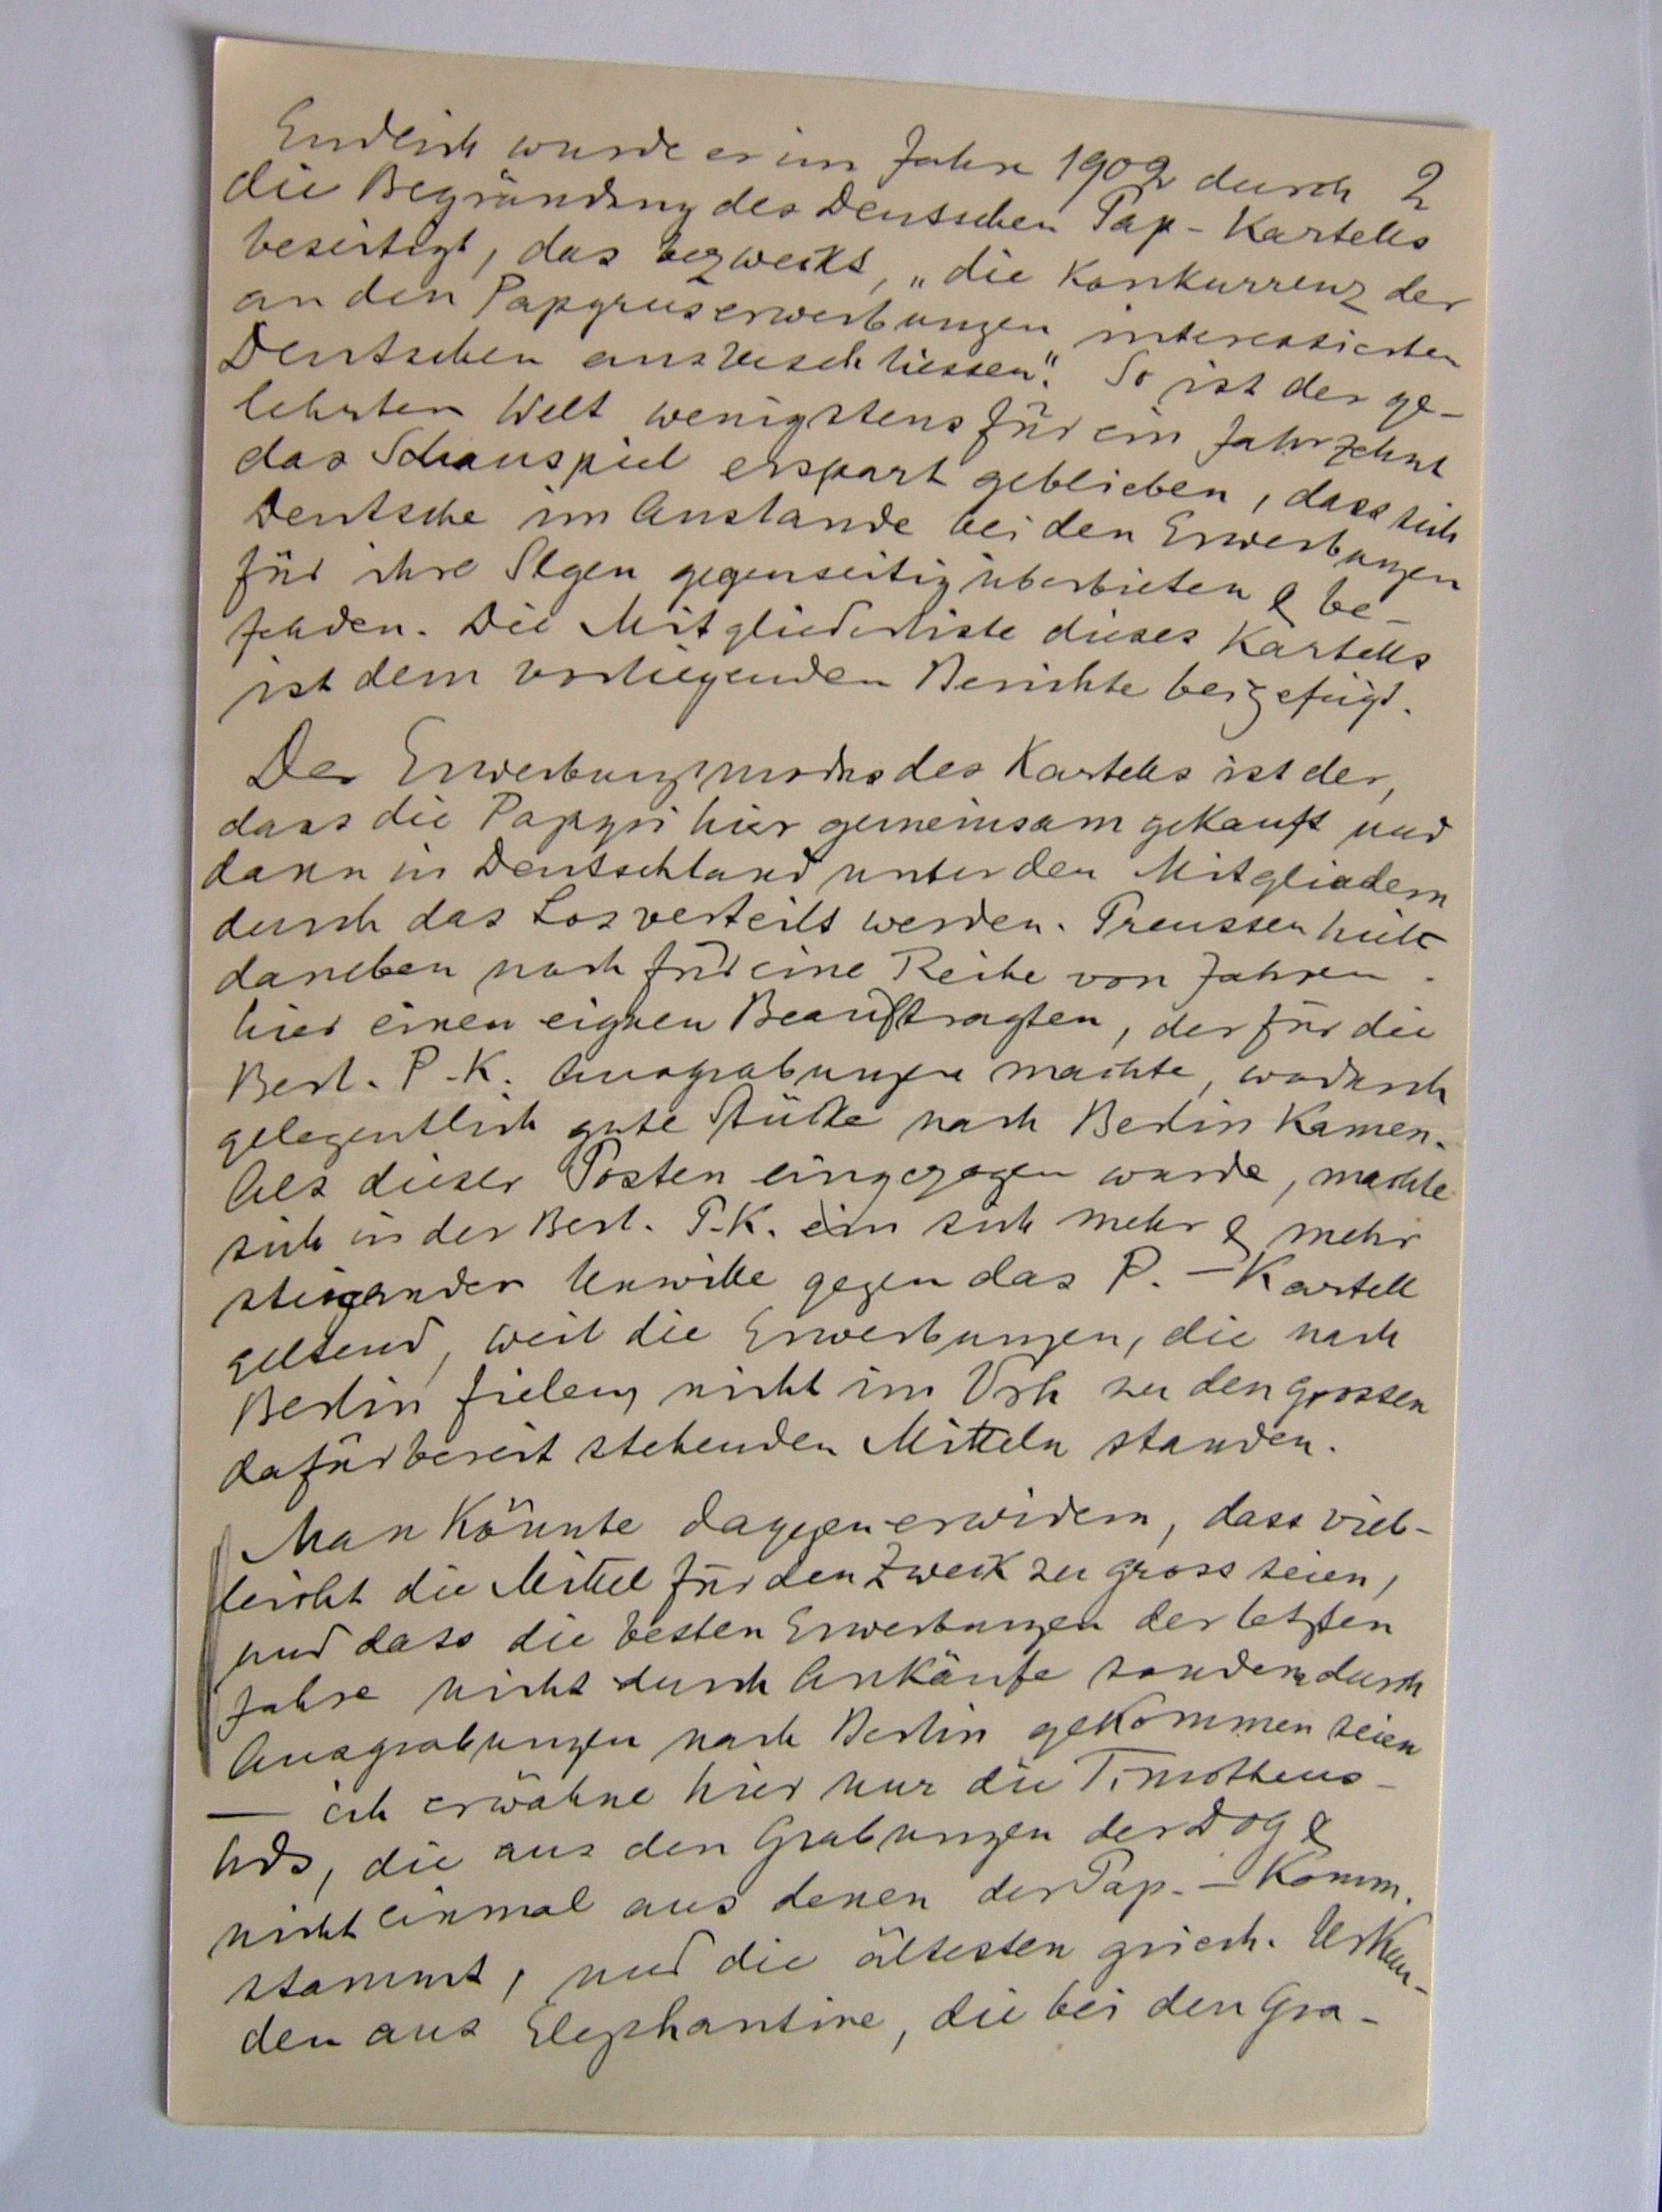
2
Endlich wurde er im Jahre 1902 durch
die Begründung des Deutschen Pap-Kartells
beseitigt, das bezweckt, „die Konkurrenz der
an den Papyruserwerbungen interessierten
Deutschen auszuschliessen““. So ist der ge¬
lehrten Welt wenigstens für ein Jahrzehnt
das Schauspiel erspart geblieben, dass sich
Deutsche im Auslande bei den Erwerbungen
für ihre Slgen gegenseitig überbieten & be¬
fehden. Die Mitgliederliste dieses Kartells
ist dem vorliegenden Berichte beigefügt.
Der Erwerbungsmodus des Kartells ist der,
dass die Papyri hier gemeinsam gekauft und
dann in Deutschland unter den Mitgliedern
durch das Los verteilt werden. Preussen hielt
daneben noche für eine Reihe von Jahren
hier einen eigenen Beauftragten, der für die
Berl. P.K. Ausgrabungen machte, wodurch
gelegentlich gute Stücke nach berlin kamen.
Als dieser Posten eingezogen wurde, machte
sich in der Berl.P.K. ein sich mehr & mehr
steigernder Unwille gegen das P.-Kartell
geltend, weil die Erwerbungen, die nach
Berlin fielen nicht im Verh. zu den grossen
dafür bereit stehenden Mitteln standen.
Man könnte dagegen erwidern, dass vil¬
leicht die Mittel für den Zweck zu gross seien,
und dass die besten Erwerbungen der letzten
JAhre nicht durch Ankäufe sondern durch
Ausgrabungen nach Berlin gekommen seinen
– ich erwähne hier nur die Timotheus¬
hds, die ausden Grabungen der DOG &
nicht einmal aus denen der Pap.-Komm.
stammt, und die ältesten griech.
den aus Elephantine, die bei den Gra-